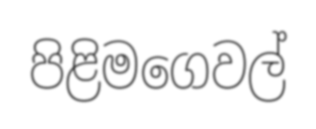
පිළිමගෙවල්